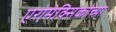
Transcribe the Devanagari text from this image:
एरोमेक्सिकोच्या